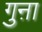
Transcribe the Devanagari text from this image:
गुऩा